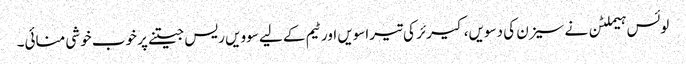
لوئس ہیملٹن نے سیزن کی دسویں، کیرئر کی تیراسویں اور ٹیم کے لیے سوویں ریس جیتنے پر خوب خوشی منائی۔